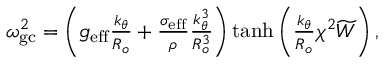
\begin{array} { r } { \omega _ { \mathrm { g c } } ^ { 2 } = \left( g _ { \mathrm { e f f } } \frac { k _ { \theta } } { R _ { o } } + \frac { \sigma _ { \mathrm { e f f } } } { \rho } \frac { k _ { \theta } ^ { 3 } } { R _ { o } ^ { 3 } } \right) \operatorname { t a n h } { \left( \frac { k _ { \theta } } { R _ { o } } \chi ^ { 2 } \widetilde { W } \right) } \mathrm { \, , } } \end{array}